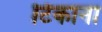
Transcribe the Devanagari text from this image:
टिकाना